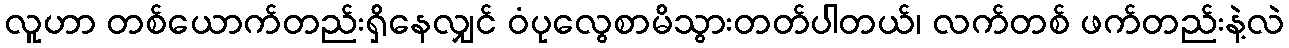
လူဟာ တစ်ယောက်တည်းရှိနေလျှင် ဝံပုလွေစာမိသွားတတ်ပါတယ်၊ လက်တစ် ဖက်တည်းနဲ့လဲ